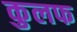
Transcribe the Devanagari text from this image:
कुलफ